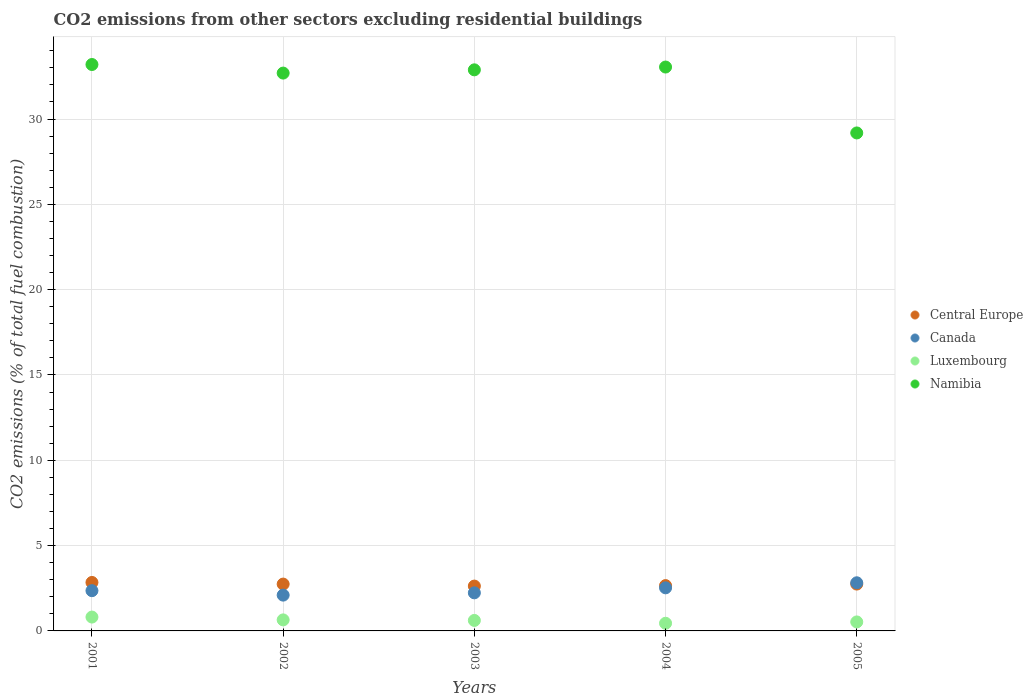
| Years | Central Europe | Canada | Luxembourg | Namibia |
 | --- | --- | --- | --- | --- |
 | 2001 | 2.84 | 2.36 | 0.812 | 33.2 |
 | 2002 | 2.74 | 2.1 | 0.647 | 32.7 |
 | 2003 | 2.63 | 2.23 | 0.615 | 32.9 |
 | 2004 | 2.66 | 2.53 | 0.449 | 33 |
 | 2005 | 2.75 | 2.82 | 0.527 | 29.2 |